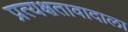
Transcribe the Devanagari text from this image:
प्रत्यक्षतावादाला